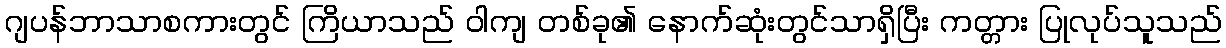
ဂျပန်ဘာသာစကားတွင် ကြိယာသည် ဝါကျ တစ်ခု၏ နောက်ဆုံးတွင်သာရှိပြီး ကတ္တား ပြုလုပ်သူသည်